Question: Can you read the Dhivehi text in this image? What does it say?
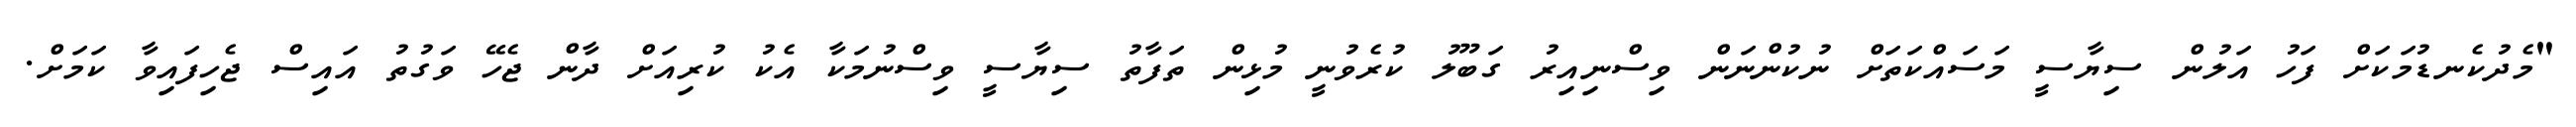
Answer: "މެދުކެނޑުމަކަށް ފަހު އަލުން ސިޔާސީ މަސައްކަތަށް ނުކުންނަން ވިސްނިއިރު ގަބޫލު ކުރެވުނީ މުޅިން ތަފާތު ސިޔާސީ ވިސްނުމަކާ އެކު ކުރިއަށް ދާން ޖެހޭ ވަގުތު އައިސް ޖެހިފައިވާ ކަމަށް.